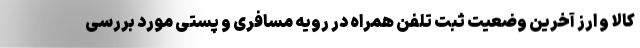
کالا و ارز آخرین وضعیت ثبت تلفن همراه در رویه مسافری و پستی مورد بررسی